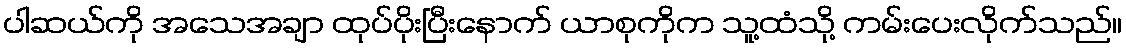
ပါဆယ်ကို အသေအချာ ထုပ်ပိုးပြီးနောက် ယာစုကိုက သူ့ထံသို့ ကမ်းပေးလိုက်သည်။